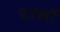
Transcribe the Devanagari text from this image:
पारवर्ती